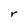
Character: r